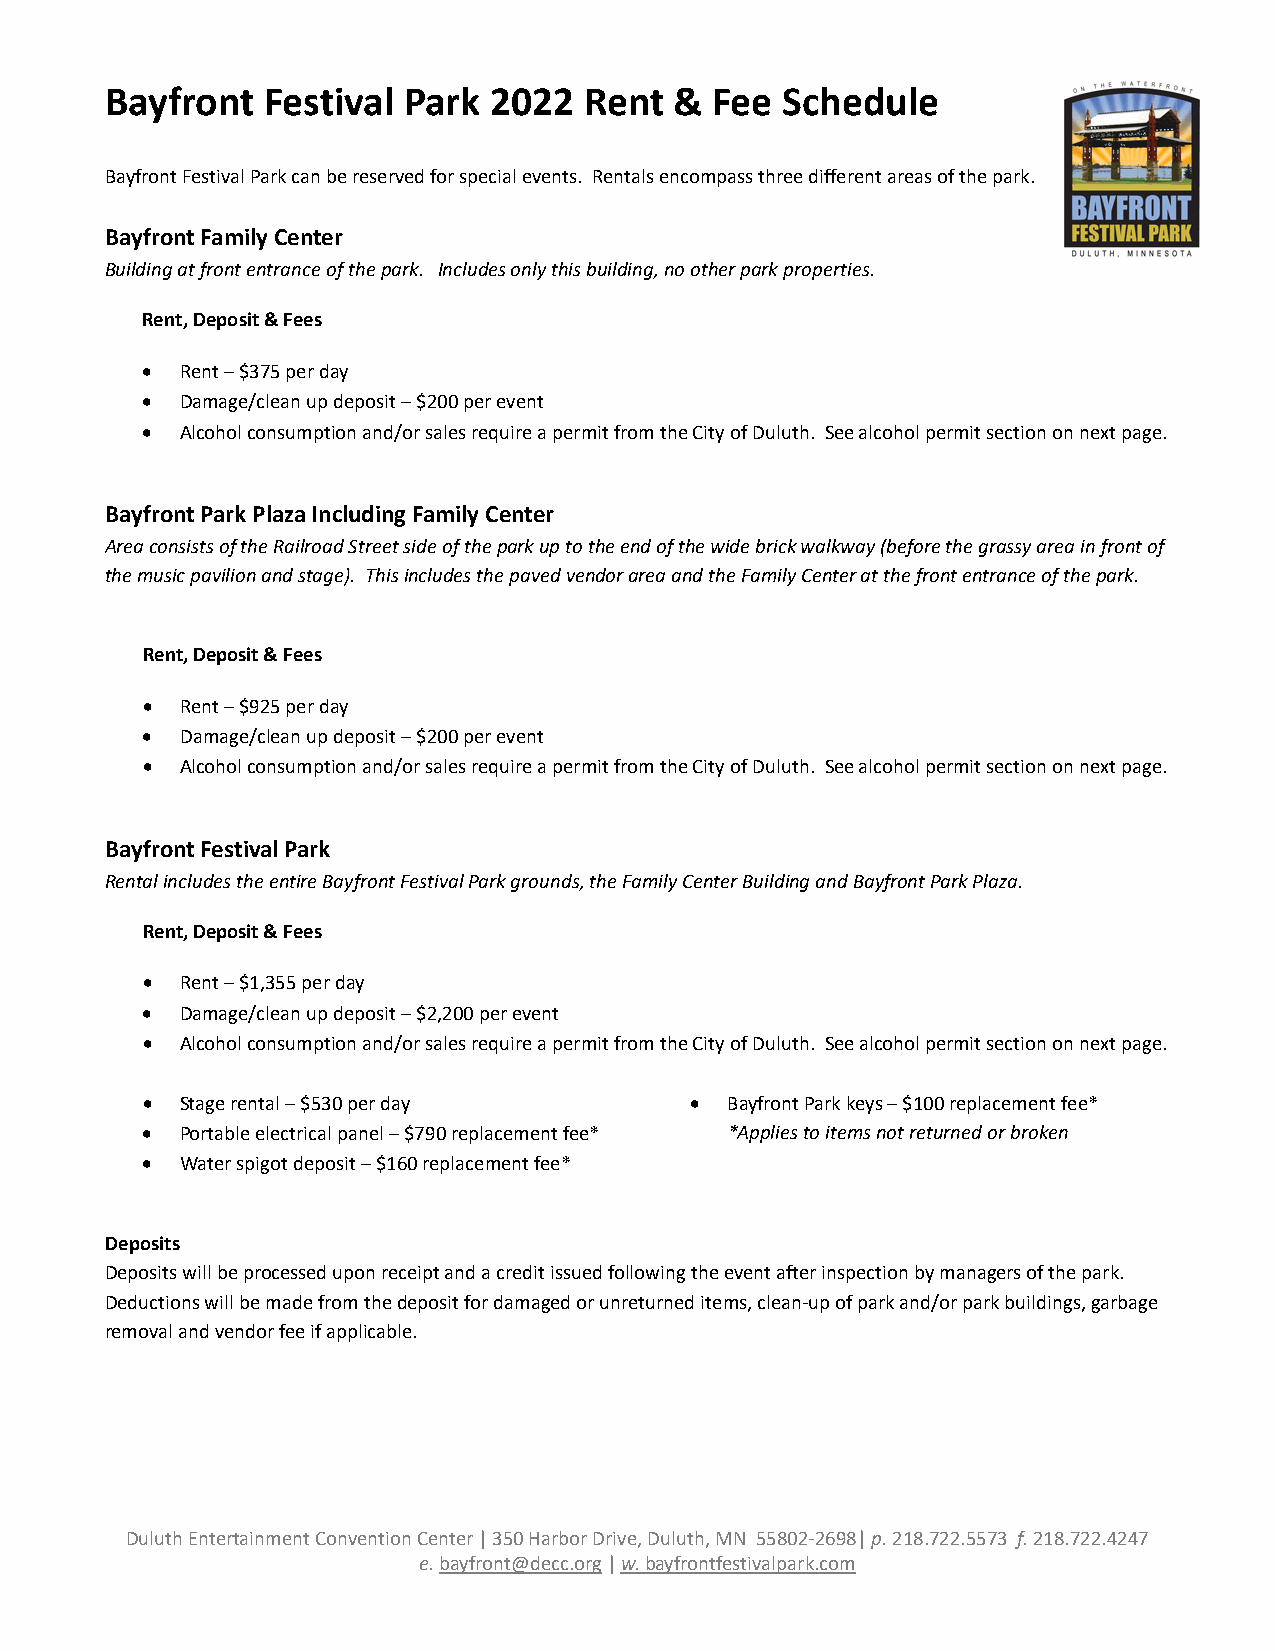
Bayfront  Festival  Park 2022   Rent  & Fee  Schedule
 Bayfront Festival Park can be reserved for special events. Rentals encompass three different areas of the park.
 Bayfront Family Center
 Building at front entrance of the park. Includes only this building, no other park properties.
 Rent, Deposit & Fees
 •  Rent – $375 per day
 •  Damage/clean up deposit – $200 per event
 •  Alcohol consumption and/or sales require a permit from the City of Duluth. See alcohol permit section on next page.
 Bayfront Park Plaza Including Family Center
 Area consists of the Railroad Street side of the park up to the end of the wide brick walkway (before the grassy area in front of
 the music pavilion and stage). This includes the paved vendor area and the Family Center at the front entrance of the park.
 Rent, Deposit & Fees
 •  Rent – $925 per day
 •  Damage/clean up deposit – $200 per event
 •  Alcohol consumption and/or sales require a permit from the City of Duluth. See alcohol permit section on next page.
 Bayfront Festival Park
 Rental includes the entire Bayfront Festival Park grounds, the Family Center Building and Bayfront Park Plaza.
 Rent, Deposit & Fees
 •  Rent – $1,355 per day
 •  Damage/clean up deposit – $2,200 per event
 •  Alcohol consumption and/or sales require a permit from the City of Duluth. See alcohol permit section on next page.
 •  Stage rental – $530 per day       • Bayfront Park keys – $100 replacement fee*
 •  Portable electrical panel – $790 replacement fee* *Applies to items not returned or broken
 •  Water spigot deposit – $160 replacement fee*
 Deposits
 Deposits will be processed upon receipt and a credit issued following the event after inspection by managers of the park.
 Deductions will be made from the deposit for damaged or unreturned items, clean-up of park and/or park buildings, garbage
 removal and vendor fee if applicable.
 Duluth Entertainment Convention Center | 350 Harbor Drive, Duluth, MN 55802-2698| p. 218.722.5573 f. 218.722.4247
 e. bayfront@decc.org | w. bayfrontfestivalpark.com